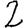
Digit: 2